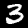
Label: 3